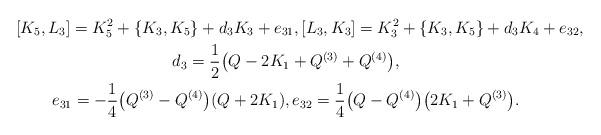
LaTeX: \begin{gather*} [K_5, L_3 ] = K_5^2+\{K_3, K_5\} +d_3 K_3 +e_{31}, [L_3, K_3 ] = K_3^2+\{K_3, K_5\} +d_3 K_4 +e_{32},\\ d_{3}=\frac12\big(Q-2K_1+Q^{(3)}+Q^{(4)}\big), \\e_{31}=-\frac{1}{4}\big(Q^{(3)}-Q^{(4)}\big)(Q+2K_1), e_{32}=\frac{1}{4}\big(Q-Q^{(4)}\big)\big(2K_1+Q^{(3)}\big).\end{gather*}